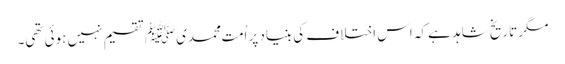
مگر تاریخ شاہد ہے کہ اس اختلاف کی بنیاد پر اُمتِ محمدیﷺ تقسیم نہیں ہوئی تھی۔